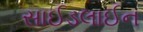
સાઈડલાઈન